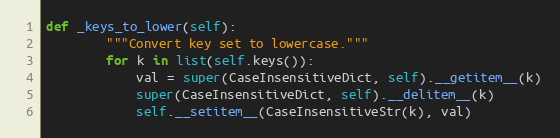
Language: Python
def _keys_to_lower(self):
        """Convert key set to lowercase."""
        for k in list(self.keys()):
            val = super(CaseInsensitiveDict, self).__getitem__(k)
            super(CaseInsensitiveDict, self).__delitem__(k)
            self.__setitem__(CaseInsensitiveStr(k), val)